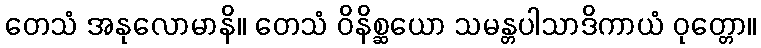
တေသံ အနုလောမာနိ။ တေသံ ဝိနိစ္ဆယော သမန္တပါသာဒိကာယံ ဝုတ္တော။